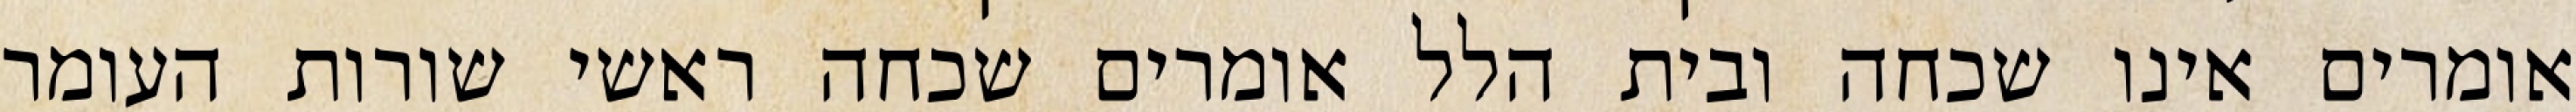
אומרים אינו שכחה ובית הלל אומרים שכחה ראשי שורות העומר